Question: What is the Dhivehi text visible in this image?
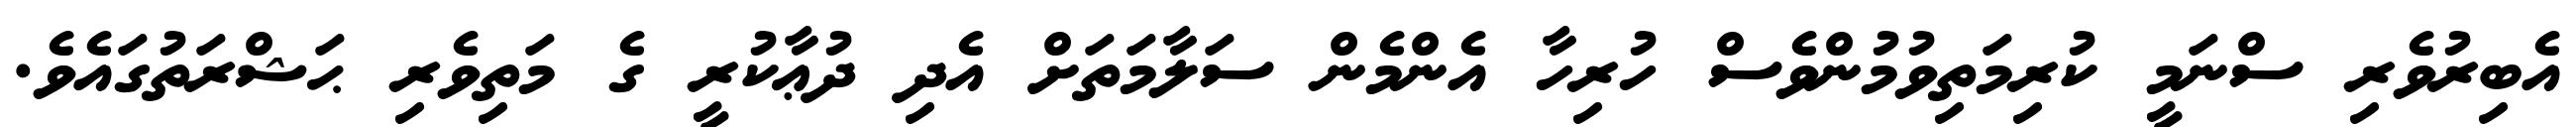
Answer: އެބިރުވެރި ސްނަމީ ކުރިމަތިވުމުންވެސް ހުރިހާ އެންމެން ސަލާމަތަށް އެދި ދުޢާކުރީ ގެ މަތިވެރި ޙަޝްރަތުގައެވެ.